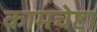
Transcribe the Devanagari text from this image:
कामचेष्टा